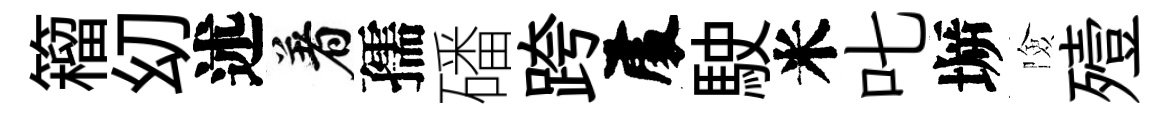
籕㓜述着孺磻跨𠁅駛米叱󶱲險殪